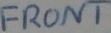
Text: FRONT